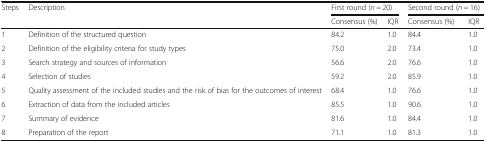
<table><thead><tr><td rowspan="2"><b>Steps</b></td><td rowspan="2"><b>Description</b></td><td colspan="2"><b>First round (<i>n</i> = 20)</b></td><td colspan="2"><b>Second round (<i>n</i> = 16)</b></td></tr><tr><td><b>Consensus (%)</b></td><td><b>IQR</b></td><td><b>Consensus (%)</b></td><td><b>IQR</b></td></tr></thead><tbody><tr><td>1</td><td>Definition of the structured question</td><td>84.2</td><td>1.0</td><td>84.4</td><td>1.0</td></tr><tr><td>2</td><td>Definition of the eligibility criteria for study types</td><td>75.0</td><td>2.0</td><td>73.4</td><td>1.0</td></tr><tr><td>3</td><td>Search strategy and sources of information</td><td>56.6</td><td>2.0</td><td>76.6</td><td>1.0</td></tr><tr><td>4</td><td>Selection of studies</td><td>59.2</td><td>2.0</td><td>85.9</td><td>1.0</td></tr><tr><td>5</td><td>Quality assessment of the included studies and the risk of bias for the outcomes of interest</td><td>68.4</td><td>1.0</td><td>76.6</td><td>1.0</td></tr><tr><td>6</td><td>Extraction of data from the included articles</td><td>85.5</td><td>1.0</td><td>90.6</td><td>1.0</td></tr><tr><td>7</td><td>Summary of evidence</td><td>81.6</td><td>1.0</td><td>84.4</td><td>1.0</td></tr><tr><td>8</td><td>Preparation of the report</td><td>71.1</td><td>1.0</td><td>81.3</td><td>1.0</td></tr></tbody></table>